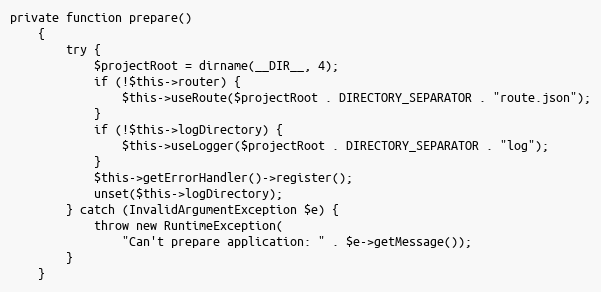
Language: PHP
private function prepare()
    {
        try {
            $projectRoot = dirname(__DIR__, 4);
            if (!$this->router) {
                $this->useRoute($projectRoot . DIRECTORY_SEPARATOR . "route.json");
            }
            if (!$this->logDirectory) {
                $this->useLogger($projectRoot . DIRECTORY_SEPARATOR . "log");
            }
            $this->getErrorHandler()->register();
            unset($this->logDirectory);
        } catch (InvalidArgumentException $e) {
            throw new RuntimeException(
                "Can't prepare application: " . $e->getMessage());
        }
    }